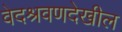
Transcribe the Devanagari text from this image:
वेदश्रवणदेखील